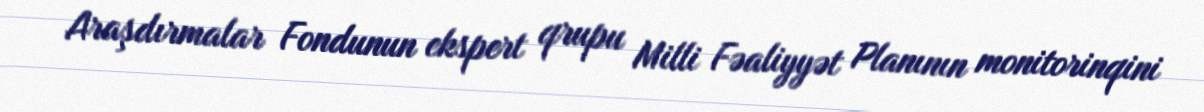
Araşdırmalar Fondunun ekspert qrupu Milli Fəaliyyət Planının monitorinqini